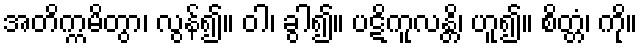
အတိက္ကမိတွာ၊ လွန်၍။ ဝါ၊ ခွါ၍။ ပဋိကူလန္တိ၊ ဟူ၍။ စိတ္တံ၊ ကို။